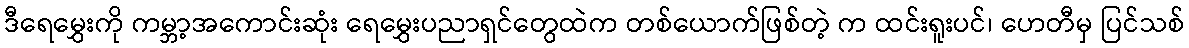
ဒီရေမွှေးကို ကမ္ဘာ့အကောင်းဆုံး ရေမွှေးပညာရှင်တွေထဲက တစ်ယောက်ဖြစ်တဲ့ က ထင်းရူးပင်၊ ဟေတီမှ ပြင်သစ်